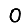
Digit: 0